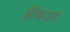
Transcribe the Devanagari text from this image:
हँकार